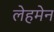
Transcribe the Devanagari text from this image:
लेहमेन